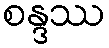
စန္ဒဿ